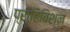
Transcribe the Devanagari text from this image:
प्राहिबिशन